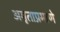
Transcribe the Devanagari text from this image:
अमृताप्रमाणे